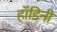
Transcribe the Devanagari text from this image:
हॉडिनी